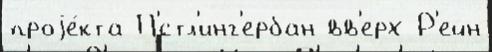
проjе́кта П'́стл'инг'ербан вв'ерх Р'ейн